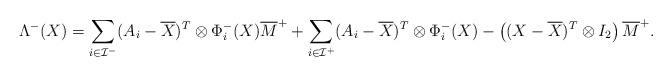
LaTeX: \begin{align*}\Lambda^{-}(X) = \sum_{i\in\mathcal{I}^-} (A_i-\overline{X})^T \otimes \Phi^-_i(X) \overline{M}^{+} + \sum_{i\in\mathcal{I}^+} (A_i-\overline{X})^T\otimes \Phi^-_i(X) - \left( (X-\overline{X})^T\otimes I_2 \right) \overline{M}^+.\end{align*}